Annual report of the Punjab Veterinary College and of the Civil Veterinary Department, Punjab - 1909-1919
Year: 1909
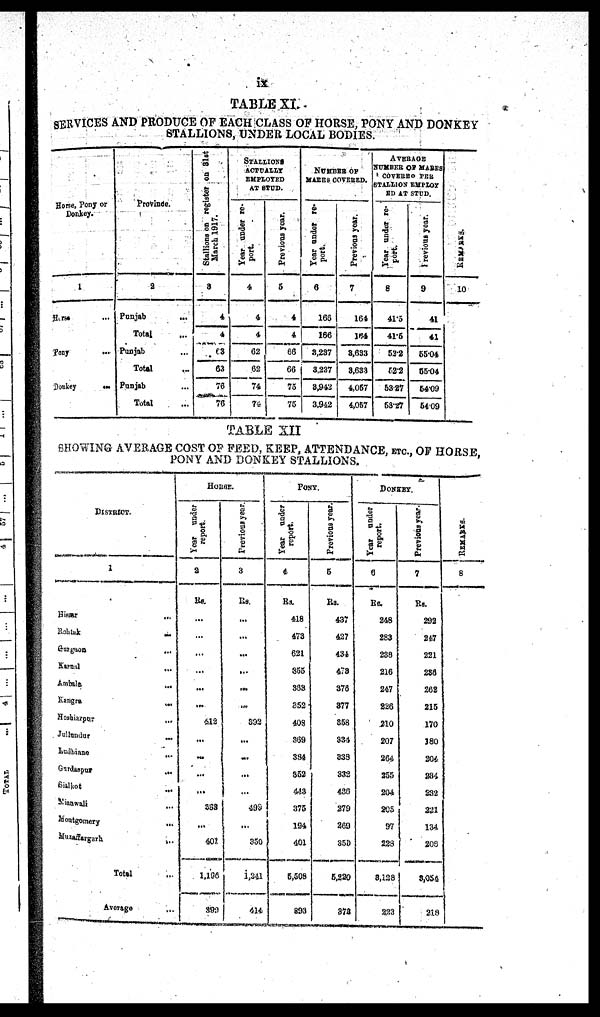
ix
TABLE XI
SERVICES AND PRODUCE OF EACH CLASS OF HORSE, PONY AND DONKEY
STALLIONS, UNDER LOCAL BODIES.
Horse, Pony or
Donkey.
1
Horse ...
Pony ...
Donkey
...
Province.
2
Punjab
...
Total ...
Punjab...
Total...
Punjab ...
Total ...
Stallions
on register on 31st
March 1917.
3
4
4
63
63
70
76
STALLIONS
ACTUALLY
EMPLOYED
AT BTUD.
Year under re-
port.
4
4
4
62
02
74
74
Previous year.
5
4
4
66
66
75
75
NUMBER OF
MARES COVERED.
Year under re-
port.
6
165
166
3,237
3,237
8,942
3,942
Previous year.
7
164
164
8,633
3,633
4,057
4,057
AVEBAGE
NUMBER OF MARES
COVERBO PER
STALLION EMPLOY
ED AT STUD.
Year under re
port.
8
41.5
41.6
52.2
62.2
53 27
63.27
Previous year.
9
41
41
55.04
55.04
54.09
54.09
REMARKS
10
TABLE XII
SHOWING AVERAGE COST OF FEED, KEEP, ATTENDANCE, ETC., OF HORSE,
PONY AND DONKEY STALLIONS.
DISTRICT.
1
Hissar
...
Rohtak ...
Gurgaon ...
Karnal ...
Ambale ...
Kangra ...
Hoshiarpur ...
Jullundur
...
Ludhiana ...
Gurdaspur
...
SialKot ...
Mianwalli
...
Montgomery
...
Muzaffargarh
...
Total ...
Average
HORSES.
Year report
report.
2
Rs.
...
...
...
...
...
...
612
...
...
...
...
303
...
401
1,156
899
Previous year.
3
Rs.
...
...
...
...
...
...
832
...
...
...
...
499
...
350
1,241
414
PONY.
Year
under
report.
4
Rs.
418
473
621
355
333
352
403
369
384
362
443
375
134
401
6,508
893
Previous year.
6
Rs.
437
427
434
478
373
377
858
334
333
332
430
279
269
350
5,220
378
DONKEY.
Year under
report.
6
Rs.
248
283
238
216
247
226
210
207
264
255
204
208
97
223
8,128
223
Previous year.
7
Rs.
292
247
221
288
262
215
170
180
204
284
232
221
134
209
8,054
218
REMARKS .
8